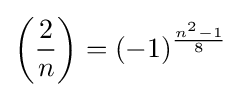
\left({\frac {2}{n}}\right)=(-1)^{\frac {n^{2}-1}{8}}